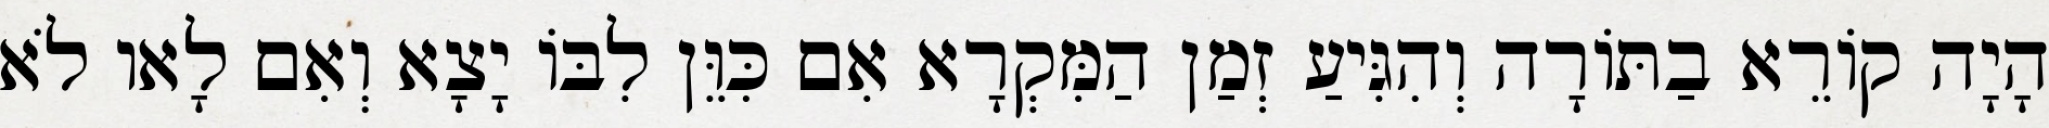
הָיָה קוֹרֵא בַתּוֹרָה וְהִגִּיעַ זְמַן הַמִּקְרָא אִם כִּוֵּן לִבּוֹ יָצָא וְאִם לָאו לֹא